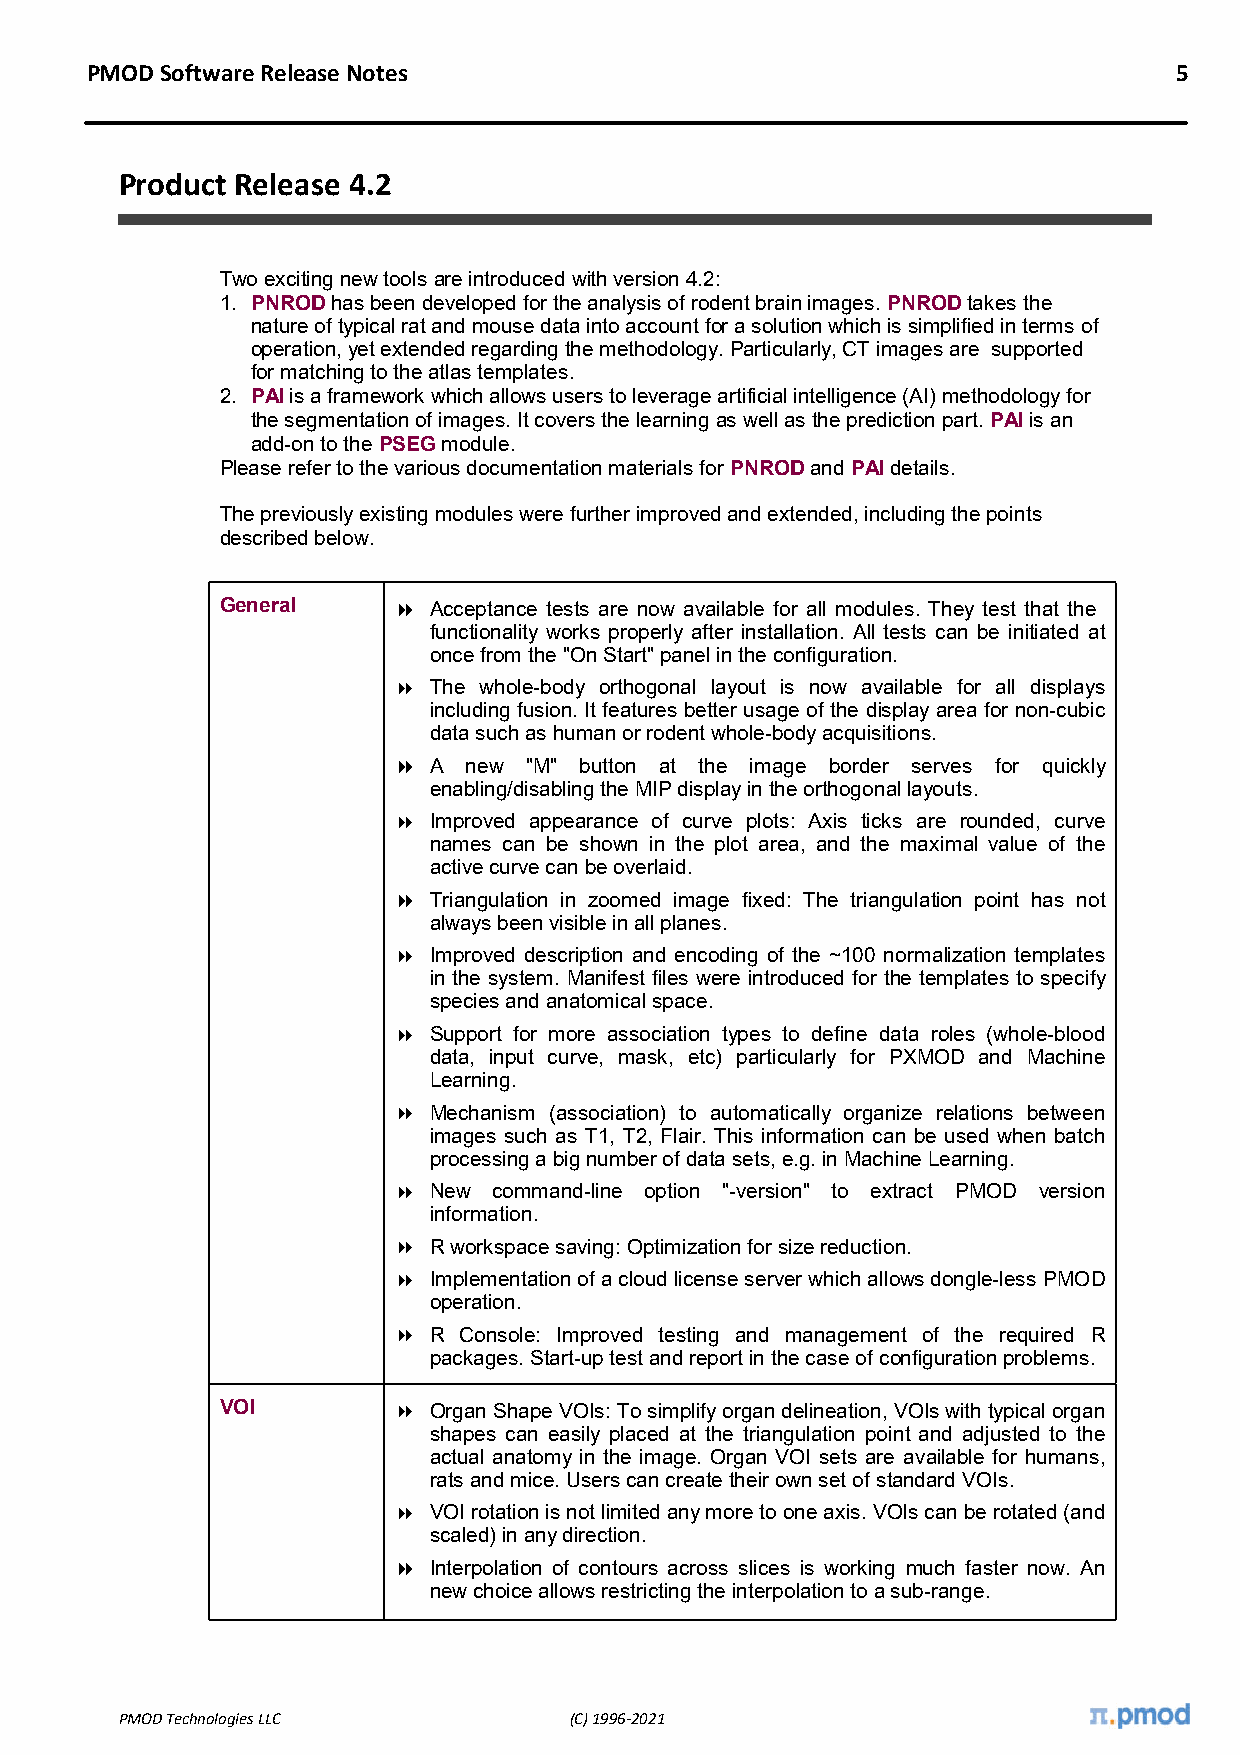
PMOD Software Release Notes                                             5
 Product Release 4.2
 Two exciting new tools are introduced with version 4.2:
 1. PNROD has been developed for the analysis of rodent brain images. PNROD takes the
 nature of typical rat and mouse data into account for a solution which is simplified in terms of
 operation, yet extended regarding the methodology. Particularly, CT images are supported
 for matching to the atlas templates.
 2. PAI is a framework which allows users to leverage artificial intelligence (AI) methodology for
 the segmentation of images. It covers the learning as well as the prediction part. PAI is an
 add-on to the PSEG module.
 Please refer to the various documentation materials for PNROD and PAI details.
 The previously existing modules were further improved and extended, including the points
 described below.
 General     Acceptance tests are now available for all modules. They test that the
 functionality works properly after installation. All tests can be initiated at
 once from the "On Start" panel in the configuration.
  The whole-body orthogonal layout is now available for all displays
 including fusion. It features better usage of the display area for non-cubic
 data such as human or rodent whole-body acquisitions.
  A  new "M" button at the image border serves for quickly
 enabling/disabling the MIP display in the orthogonal layouts.
  Improved appearance of curve plots: Axis ticks are rounded, curve
 names can be shown in the plot area, and the maximal value of the
 active curve can be overlaid.
  Triangulation in zoomed image fixed: The triangulation point has not
 always been visible in all planes.
  Improved description and encoding of the ~100 normalization templates
 in the system. Manifest files were introduced for the templates to specify
 species and anatomical space.
  Support for more association types to define data roles (whole-blood
 data, input curve, mask, etc) particularly for PXMOD and Machine
 Learning.
  Mechanism (association) to automatically organize relations between
 images such as T1, T2, Flair. This information can be used when batch
 processing a big number of data sets, e.g. in Machine Learning.
  New  command-line option "-version" to extract PMOD version
 information.
  R workspace saving: Optimization for size reduction.
  Implementation of a cloud license server which allows dongle-less PMOD
 operation.
  R Console: Improved testing and management of the required R
 packages. Start-up test and report in the case of configuration problems.
 VOI         Organ Shape VOIs: To simplify organ delineation, VOIs with typical organ
 shapes can easily placed at the triangulation point and adjusted to the
 actual anatomy in the image. Organ VOI sets are available for humans,
 rats and mice. Users can create their own set of standard VOIs.
  VOI rotation is not limited any more to one axis. VOIs can be rotated (and
 scaled) in any direction.
  Interpolation of contours across slices is working much faster now. An
 new choice allows restricting the interpolation to a sub-range.
 PMOD Technologies LLC         (C) 1996-2021